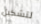
لتشكيل